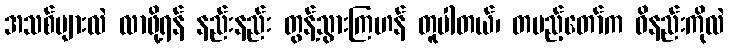
အသစ်များလဲ လာဖို့ရန် နည်းနည်း တွန့်သွားကြဟန် တူပါတယ်၊ တပည့်တော်က ဝိနည်းကိုလဲ